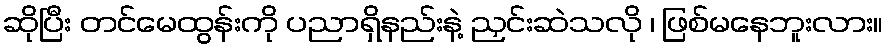
ဆိုပြီး တင်မေထွန်းကို ပညာရှိနည်းနဲ့ ညှင်းဆဲသလို ၊ ဖြစ်မနေဘူးလား။